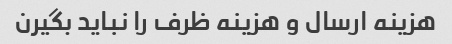
هزینه ارسال و هزینه ظرف را نباید بگیرن